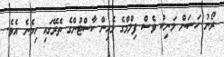
ރޯނު ހަަސަން މަނިކު ވެސް ފިލްމްގެ މެއިން ކާސްޓުންގެ ތެރޭގައި ހިމެނެ އެވެ.